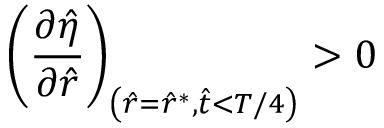
\left( \frac { \partial \hat { \eta } } { \partial \hat { r } } \right) _ { \left( \hat { r } = \hat { r } ^ { * } , \hat { t } < T / 4 \right) } > 0